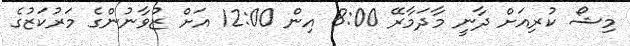
މިޝޯ ކުރިއަށް ދާނީ މާދަމާރޭ 8:00 އިން 12:00 އަށް ޒުވާނުންގެ މަރުކަޒުގެ